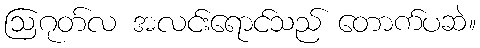
ဩဂုတ်လ အလင်းရောင်သည် တောက်ပဆဲ။